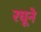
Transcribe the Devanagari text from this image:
रघूने